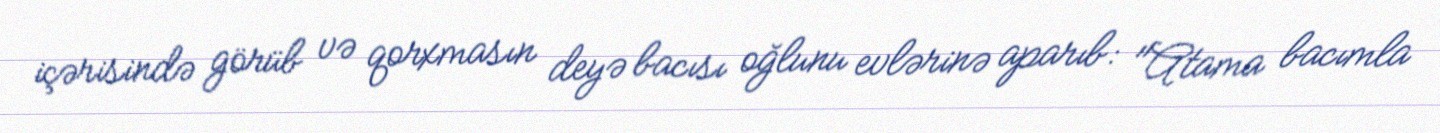
içərisində görüb və qorxmasın deyə bacısı oğlunu evlərinə aparıb: "Atama bacımla